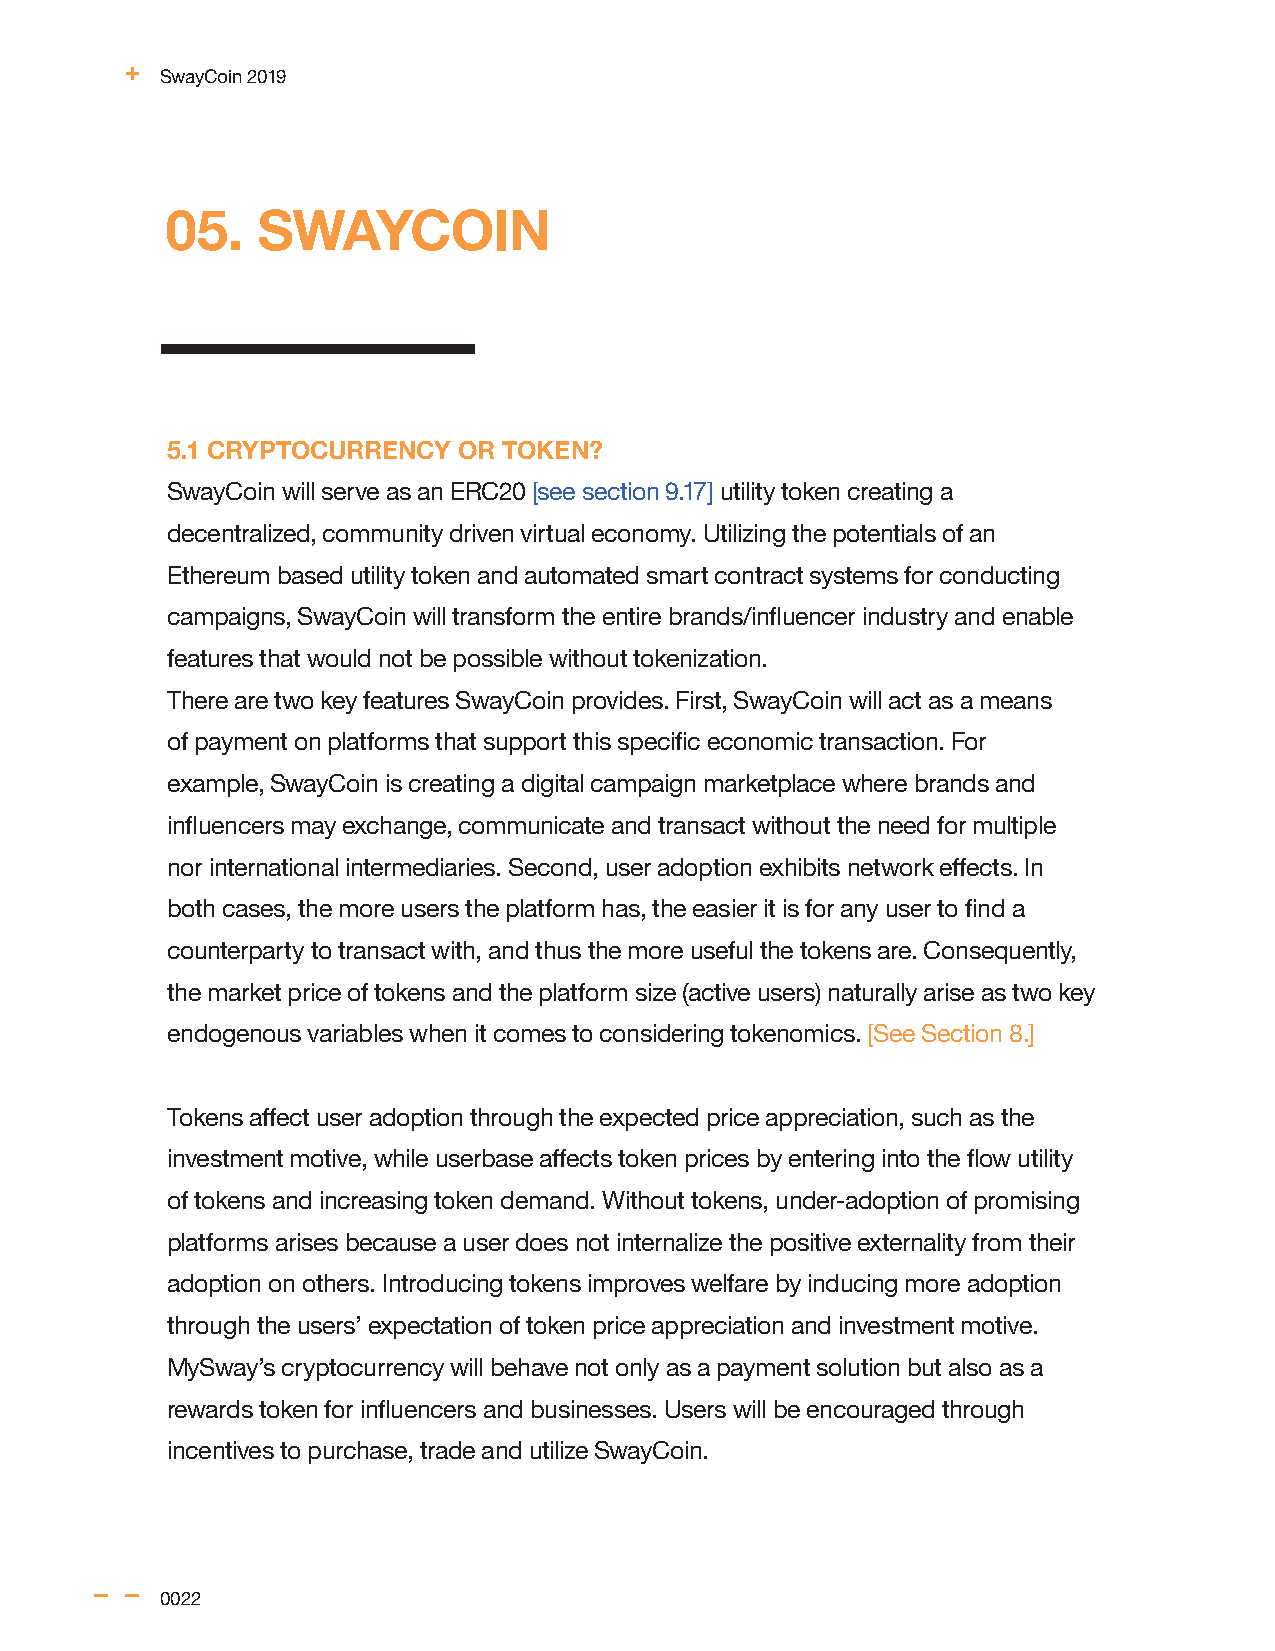
SwayCoin 2019
 05.   SWAYCOIN
 5.1 CRYPTOCURRENCY OR TOKEN?
 SwayCoin will serve as an ERC20 [see section 9.17] utility token creating a
 decentralized, community driven virtual economy. Utilizing the potentials of an
 Ethereum based utility token and automated smart contract systems for conducting
 campaigns, SwayCoin will transform the entire brands/influencer industry and enable
 features that would not be possible without tokenization.
 There are two key features SwayCoin provides. First, SwayCoin will act as a means
 of payment on platforms that support this specific economic transaction. For
 example, SwayCoin is creating a digital campaign marketplace where brands and
 influencers may exchange, communicate and transact without the need for multiple
 nor international intermediaries. Second, user adoption exhibits network effects. In
 both cases, the more users the platform has, the easier it is for any user to find a
 counterparty to transact with, and thus the more useful the tokens are. Consequently,
 the market price of tokens and the platform size (active users) naturally arise as two key
 endogenous variables when it comes to considering tokenomics. [See Section 8.]
 Tokens affect user adoption through the expected price appreciation, such as the
 investment motive, while userbase affects token prices by entering into the flow utility
 of tokens and increasing token demand. Without tokens, under-adoption of promising
 platforms arises because a user does not internalize the positive externality from their
 adoption on others. Introducing tokens improves welfare by inducing more adoption
 through the users’ expectation of token price appreciation and investment motive.
 MySway’s cryptocurrency will behave not only as a payment solution but also as a
 rewards token for influencers and businesses. Users will be encouraged through
 incentives to purchase, trade and utilize SwayCoin.
 0022